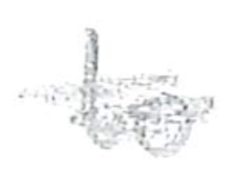
Text: to
Cross-out: scratch
Writing tool: pencil